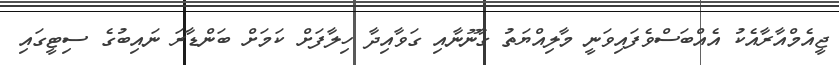
ޖީއެމްއާރާއެކު އެއްބަސްވެފައިވަނީ މާލިއްޔަތު ގާނޫނާއި ގަވާއިދާ ހިލާފަށް ކަމަށް ބަންޑާރަ ނައިބުގެ ސިޓީގައި